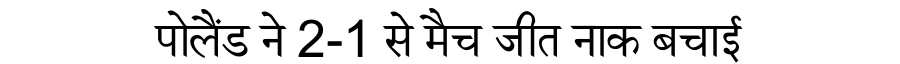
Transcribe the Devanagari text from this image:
पोलैंड ने 2-1 से मैच जीत नाक बचाई